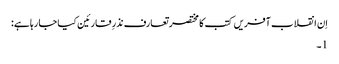
اِن انقلاب آفریں کتب کا مختصر تعارف نذرِ قارئین کیا جا رہا ہے:
1۔